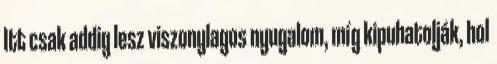
Itt csak addig lesz viszonylagos nyugalom, míg kipuhatolják, hol